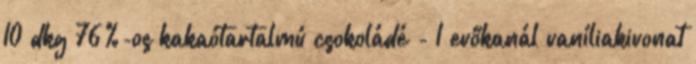
10 dkg 76%-os kakaótartalmú csokoládé - 1 evőkanál vaníliakivonat